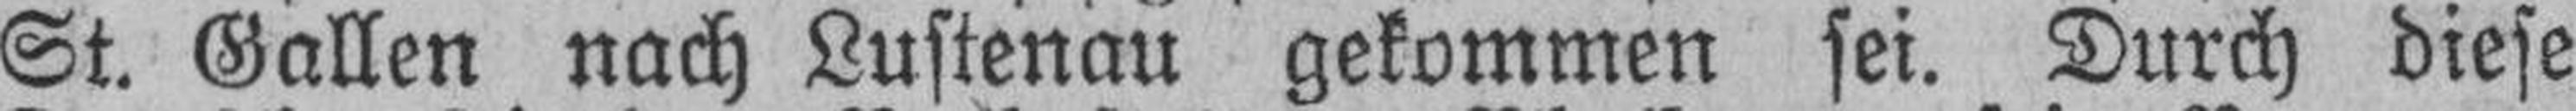
St. Gallen nach Lustenau gekommen sei. Durch diese